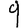
Digit: 9